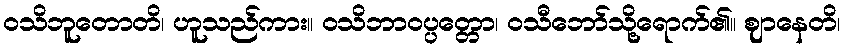
ဝသိဘူတောတိ၊ ဟူသည်ကား။ ဝသိဘာဝပ္ပတ္တော၊ ဝသီဘော်သို့ရောက်၏။ ဈာနေတိ၊